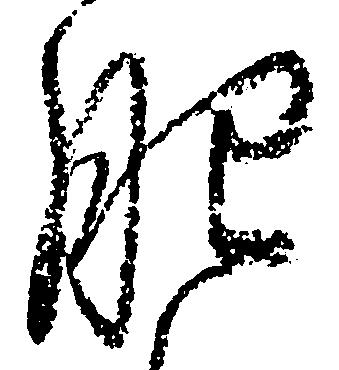
肥